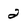
Character: 2